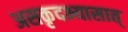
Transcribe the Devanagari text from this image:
असकृदभ्यासात्‌